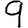
Digit: 9